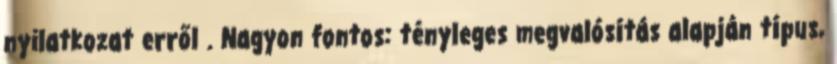
nyilatkozat erről . Nagyon fontos: tényleges megvalósítás alapján típus,